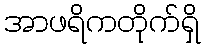
အာဖရိကတိုက်ရှိ